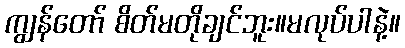
ကျွန်တော် စိတ်မတိုချင်ဘူး။မလုပ်ပါနဲ့။